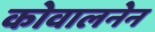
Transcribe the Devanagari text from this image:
कोवालनेन